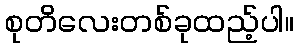
စုတိလေးတစ်ခုထည့်ပါ။